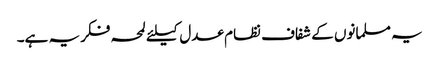
یہ مسلمانوں کے شفاف نظام عدل کیلئے لمحہ فکریہ ہے۔